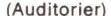
(Auditorier)